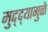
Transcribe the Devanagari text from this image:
मुद्‌द्‌यामुळे